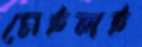
মেইলই